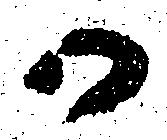
か